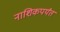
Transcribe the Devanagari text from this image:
नाशिकपर्यंत